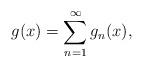
LaTeX: \begin{align*}g(x)=\sum_{n=1}^\infty g_n(x),\end{align*}